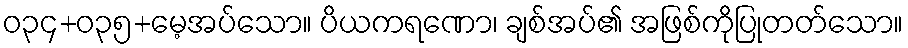
ဝ၃၄+၀၃၅+မေ့အပ်သော။ ပိယကရဏော၊ ချစ်အပ်၏ အဖြစ်ကိုပြုတတ်သော။